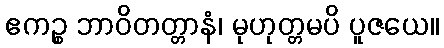
ဧကဉ္စ ဘာဝိတတ္တာနံ၊ မုဟုတ္တမပိ ပူဇယေ။